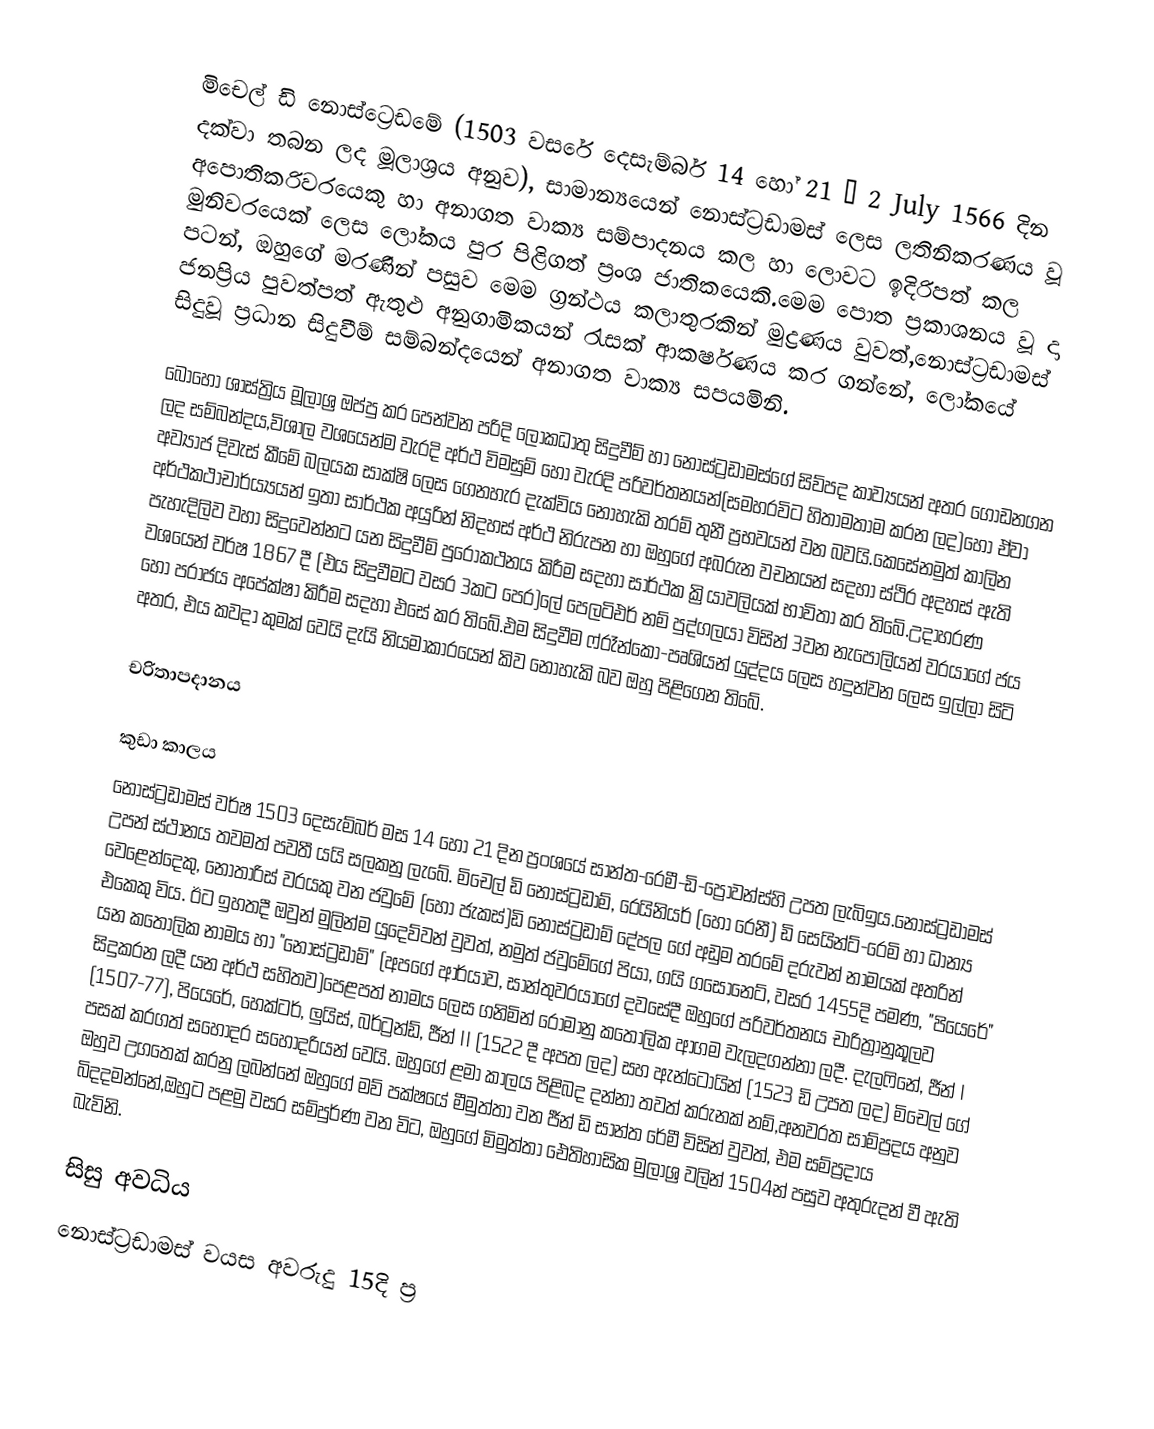
මිචෙල් ඩි නොස්ට්‍රෙඩමේ  (1503 වසරේ දෙසැම්බර් 14 හෝ 21 – 2 July 1566 දින දක්වා තබන ලද මූලාශ්‍රය අනුව), සාමාන්‍යයෙන් නොස්ට්‍රඩාමස් ලෙස ලතිනිකරණය වූ අපොතිකරිවරයෙකු හා අනාගත වාක්‍ය සම්පාදනය කල හා ලොවට ඉදිරිපත් කල මුනිවරයෙක් ලෙස ලෝකය පුර පිළිගත් ප්‍රංශ ජාතිකයෙකි.මෙම පොත ප්‍රකාශනය වූ දා පටන්, ඔහුගේ මරණින් පසුව මෙම ග්‍රන්ථය කලාතුරකින් මුද්‍රණය වුවත්,නොස්ට්‍රඩාමස් ජනප්‍රිය පුවත්පත් ඇතුළු අනුගාමිකයන් රැසක් ආකර්ෂණය කර ගන්නේ, ලෝකයේ සිදුවූ ප්‍රධාන සිදුවීම් සම්බන්දයෙන් අනාගත වාක්‍ය සපයමිනි.

බොහෝ ශාස්ත්‍රිය මූලාශ්‍ර ඔප්පු කර පෙන්වන පරිදි ලෝකධාතු සිදුවීම් හා නොස්ට්‍රඩාමස්ගේ සිව්පද කාව්‍යයන් අතර ගොඩනගන ලද සම්බන්දය,විශාල වශයෙන්ම වැරදි අර්ථ විමසුම් හෝ වැරදි පරිවර්තනයන්(සමහරවිට හිතාමතාම කරන ලද)හෝ ඒවා අව්‍යාජ දිවැස් කීමේ බලයක සාක්ෂි ලෙස ගෙනහැර දැක්විය නොහැකි තරම් තුනී ප්‍රභවයන් වන බවයි.කෙසේනමුත් කාලින අර්ථකථාචාර්ය්‍යයන් ඉතා සාර්ථක අයුරින් නිදහස් අර්ථ නිරුපන හා ඔහුගේ අබරුන වචනයන් සදහා ස්ථිර අදහස් ඇති පැහැදිලිව වහා සිදුවෙන්නට යන සිදුවීම් පුරෝකථනය කිරීම සදහා සාර්ථක ක්‍රියාවලියක් භාවිතා කර තිබේ.උදාහරණ වශයෙන් වර්ෂ 1867 දී (එය සිදුවීමට වසර 3කට පෙර)ලේ පෙලටිඑර් නම් පුද්ගලයා විසින් 3වන නැපෝලියන් වරයාගේ ජය හෝ පරාජය අපේක්ෂා කිරීම සදහා එසේ කර තිබේ.එම සිදුවීම ෆ්රෑන්කො-පෘශියන් යුද්දය ලෙස හදුන්වන ලෙස ඉල්ලා සිටි අතර, එය කවදා කුමක් වෙයි දැයි නියමාකාරයෙන් කිව නොහැකි බව ඔහු පිළිගෙන තිබේ.

චරිතාපදානය

කුඩා කාලය
නොස්ට්‍රඩාමස්  වර්ෂ 1503 දෙසැම්බර් මස 14 හෝ 21 දින ප්‍රංශයේ සාන්ත-රෙමී-ඩි-ප්‍රොවන්ස්හි  උපත ලැබිඉය.නොස්ට්‍රඩාමස් උපන් ස්ථානය තවමත් පවතී යයි සලකනු ලැබේ. මිචෙල් ඩි නොස්ට්‍රඩාම්, රෙයිනියර් (හෝ රෙනී) ඩි සෙයින්ට්-රෙමි හා ධාන්‍ය වෙළෙන්දෙකු, නොතාරිස් වරයකු වන ජවුමේ (හෝ ජැකස්)ඩි නොස්ට්‍රඩාම් දේපල ගේ අඩුම තරමේ දරුවන් නාමයක් අතරින් එකෙකු විය. ඊට ඉහතදී ඔවුන් මුලින්ම යුදෙව්වන් වුවත්, නමුත් ජවුමේගේ පියා, ගයි ගසෝනෙට්, වසර 1455දි පමණ, "පියෙරේ" යන කතෝලික නාමය හා "නොස්ට්‍රඩාම්" (අපගේ ආර්යාව, සාන්තුවරයාගේ දවසේදී ඔහුගේ පරිවර්තනය චාරිත්‍රානුකූලව සිදුකරන ලදී යන අර්ථ සහිතව)පෙළපත් නාමය ලෙස ගනිමින් රෝමානු කතෝලික ආගම වැලදගන්නා ලදී. දැලෆිනේ, ජීන් I (1507-77), පියෙරේ, හෙක්ටර්, ලුයිස්, බර්ට්‍රන්ඩ්, ජීන් II (1522 දී අපත ලද) සහ ඇන්ටොයින් (1523 ඩි උපත ලද) මිචෙල් ගේ පසක් කරගත් සහෝදර සහෝදරියන් වෙයි. ඔහුගේ ළමා කාලය පිළිබද දන්නා තවත් කරුනක් නම්,අනවරත සාම්ප්‍රදය අනුව ඔහුව උගතෙක් කරනු ලබන්නේ ඔහුගේ මව් පක්ෂයේ මීමුත්තා වන ජීන් ඩි සාන්ත රේමී විසින් වුවත්, එම සම්ප්‍රදාය බිදදමන්නේ,ඔහුට පළමු වසර සම්පුර්ණ වන විට, ඔහුගේ මිමුත්තා ඓතිහාසික මුලාශ්‍ර වලින් 1504න් පසුව අතුරුදන් වී ඇති බැවිනි.

සිසු අවධිය
නොස්ට්‍රඩාමස් වයස අවරුදු 15දි ප්‍ර